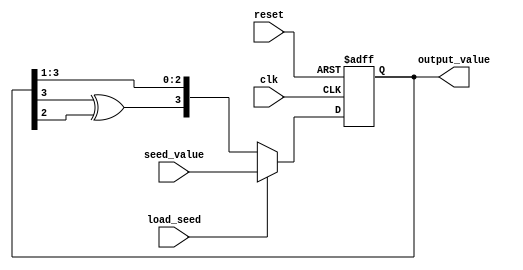
module lfsr #(parameter N = 4)
   (
    input wire [N:1] seed_value,
    input wire  clk, reset, load_seed,
    output reg [N:1] output_value
    );
    
    wire feedback_value;
    reg [N:1] current_state, next_state;
    generate
        begin
           case(N)
                2: assign feedback_value = current_state[2] ^ current_state[1];
                3: assign feedback_value = current_state[3] ^ current_state[2];
                4: assign feedback_value = current_state[4] ^ current_state[3];
                5: assign feedback_value = current_state[5] ^ current_state[3];
                6: assign feedback_value = current_state[6] ^ current_state[5];
                7: assign feedback_value = current_state[7] ^ current_state[6];
                8: assign feedback_value = current_state[8] ^ current_state[6] ^ current_state[5] ^ current_state[1];
                9: assign feedback_value = current_state[9] ^ current_state[5];
                10:assign feedback_value = current_state[10] ^ current_state[7];
                11:assign feedback_value = current_state[11] ^ current_state[9];
                12:assign feedback_value = current_state[12] ^ current_state[11] ^ current_state[10] ^ current_state[4];
                13:assign feedback_value = current_state[13] ^ current_state[12] ^ current_state[11] ^ current_state[8];
                14:assign feedback_value = current_state[14] ^ current_state[13] ^ current_state[12] ^ current_state[2];
                15:assign feedback_value = current_state[15] ^ current_state[14];
                16:assign feedback_value = current_state[16] ^ current_state[15] ^ current_state[13] ^ current_state[4];
                17:assign feedback_value = current_state[17] ^ current_state[3]; // considered
                18:assign feedback_value = current_state[18] ^ current_state[11];
                19:assign feedback_value = current_state[19] ^ current_state[18] ^ current_state[17] ^ current_state[14];
                20:assign feedback_value = current_state[20] ^ current_state[17];
                21:assign feedback_value = current_state[21] ^ current_state[19];
                22:assign feedback_value = current_state[22] ^ current_state[21];
                23:assign feedback_value = current_state[23] ^ current_state[18];
                24:assign feedback_value = current_state[24] ^ current_state[23] ^ current_state[22] ^ current_state[17];
                default:assign feedback_value = 1'bz;
            endcase
         end
     endgenerate
      
      
    always @(current_state or feedback_value)
        begin
            next_state[N] = feedback_value;
            next_state[N - 1:1] = current_state[N:2];
        end         
    always @(posedge clk or negedge reset)
        begin
            if (!reset)
                    current_state <= 0;
            else if (load_seed)
                    current_state <= seed_value;
            else
                    current_state <= next_state;
        end
    
    always @(current_state)
        output_value = current_state;
    
    
endmodule